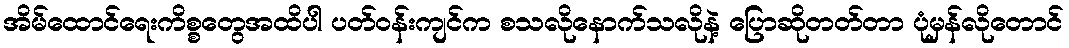
အိမ်ထောင်ရေးကိစ္စတွေအထိပါ ပတ်ဝန်းကျင်က စသလိုနောက်သလိုနဲ့ ပြောဆိုတတ်တာ ပုံမှန်လိုတောင်